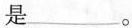
是___。